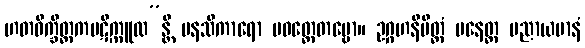
ဟတဝိက္ခိတ္တကပဋိက္ကူလ”န္တိ မနသိကာရော ပဝတ္တေတဗ္ဗော။ ဥဂ္ဂဟနိမိတ္တံ ပနေတ္ထ ပညာယမာနံ